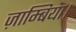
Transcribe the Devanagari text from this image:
ज़ाम्बिया।